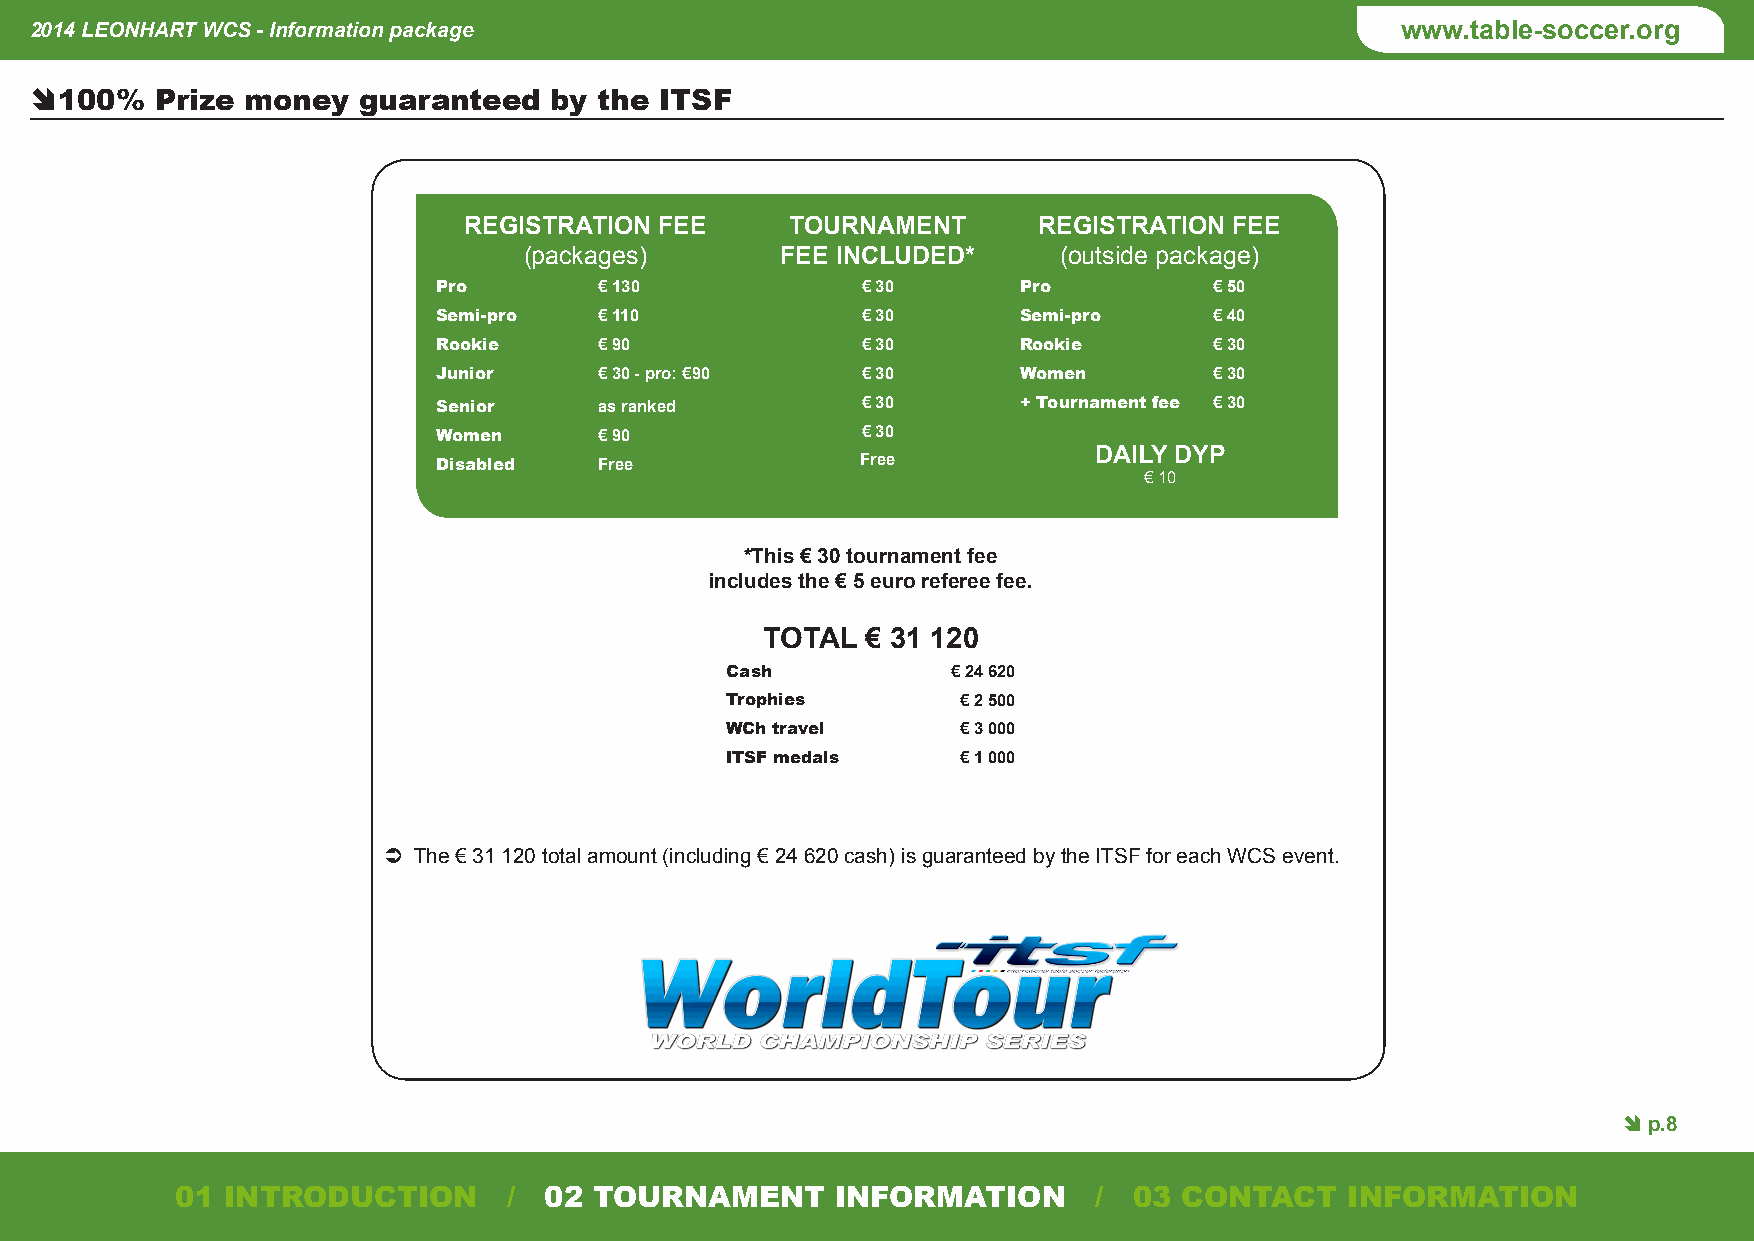
2014 LEONHART WCS - Information package                                                    www.table-soccer.org
 Ê 100%  Prize money   guaranteed  by  the ITSF
 REGISTRATION FEE     TOURNAMENT       REGISTRATION FEE
 (packages)       FEE INCLUDED*     (outside package)
 Pro        € 130            € 30       Pro         € 50
 Semi-pro   € 110            € 30       Semi-pro    € 40
 Rookie     € 90             € 30       Rookie      € 30
 Junior     € 30 - pro: €90  € 30       Women       € 30
 Senior     as ranked        € 30       + Tournament fee € 30
 Women      € 90             € 30
 DAILY DYP
 Disabled   Free             Free
 € 10
 *This € 30 tournament fee
 includes the € 5 euro referee fee.
 TOTAL € 31 120
 Cash           € 24 620
 Trophies        € 2 500
 WCh travel      € 3 000
 ITSF medals     € 1 000
 Â The € 31 120 total amount (including € 24 620 cash) is guaranteed by the ITSF for each WCS event.
 Ê p.8
 01 INTRODUCTION       / 02 TOURNAMENT      INFORMATION       / 03 CONTACT    INFORMATION